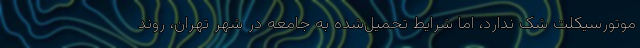
موتورسیکلت شک ندارد، اما شرایط تحمیل‌شده به جامعه در شهر تهران، روند